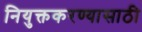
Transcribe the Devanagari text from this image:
नियुक्तकरण्यासाठी